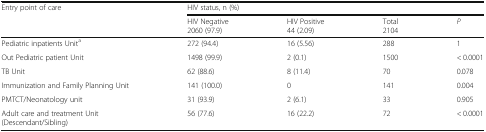
<table><thead><tr><td rowspan="2"><b>Entry point of care</b></td><td colspan="4"><b>HIV status, n (%)</b></td></tr><tr><td><b>HIV Negative2060 (97.9)</b></td><td><b>HIV Positive44 (2.09)</b></td><td><b>Total2104</b></td><td><b><i>P</i></b></td></tr></thead><tbody><tr><td>Pediatric inpatients Unit<sup>a</sup></td><td>272 (94.4)</td><td>16 (5.56)</td><td>288</td><td>1</td></tr><tr><td>Out Pediatric patient Unit</td><td>1498 (99.9)</td><td>2 (0.1)</td><td>1500</td><td>&lt; 0.0001</td></tr><tr><td>TB Unit</td><td>62 (88.6)</td><td>8 (11.4)</td><td>70</td><td>0.078</td></tr><tr><td>Immunization and Family Planning Unit</td><td>141 (100.0)</td><td>0</td><td>141</td><td>0.004</td></tr><tr><td>PMTCT/Neonatology unit</td><td>31 (93.9)</td><td>2 (6.1)</td><td>33</td><td>0.905</td></tr><tr><td>Adult care and treatment Unit(Descendant/Sibling)</td><td>56 (77.6)</td><td>16 (22.2)</td><td>72</td><td>&lt; 0.0001</td></tr></tbody></table>